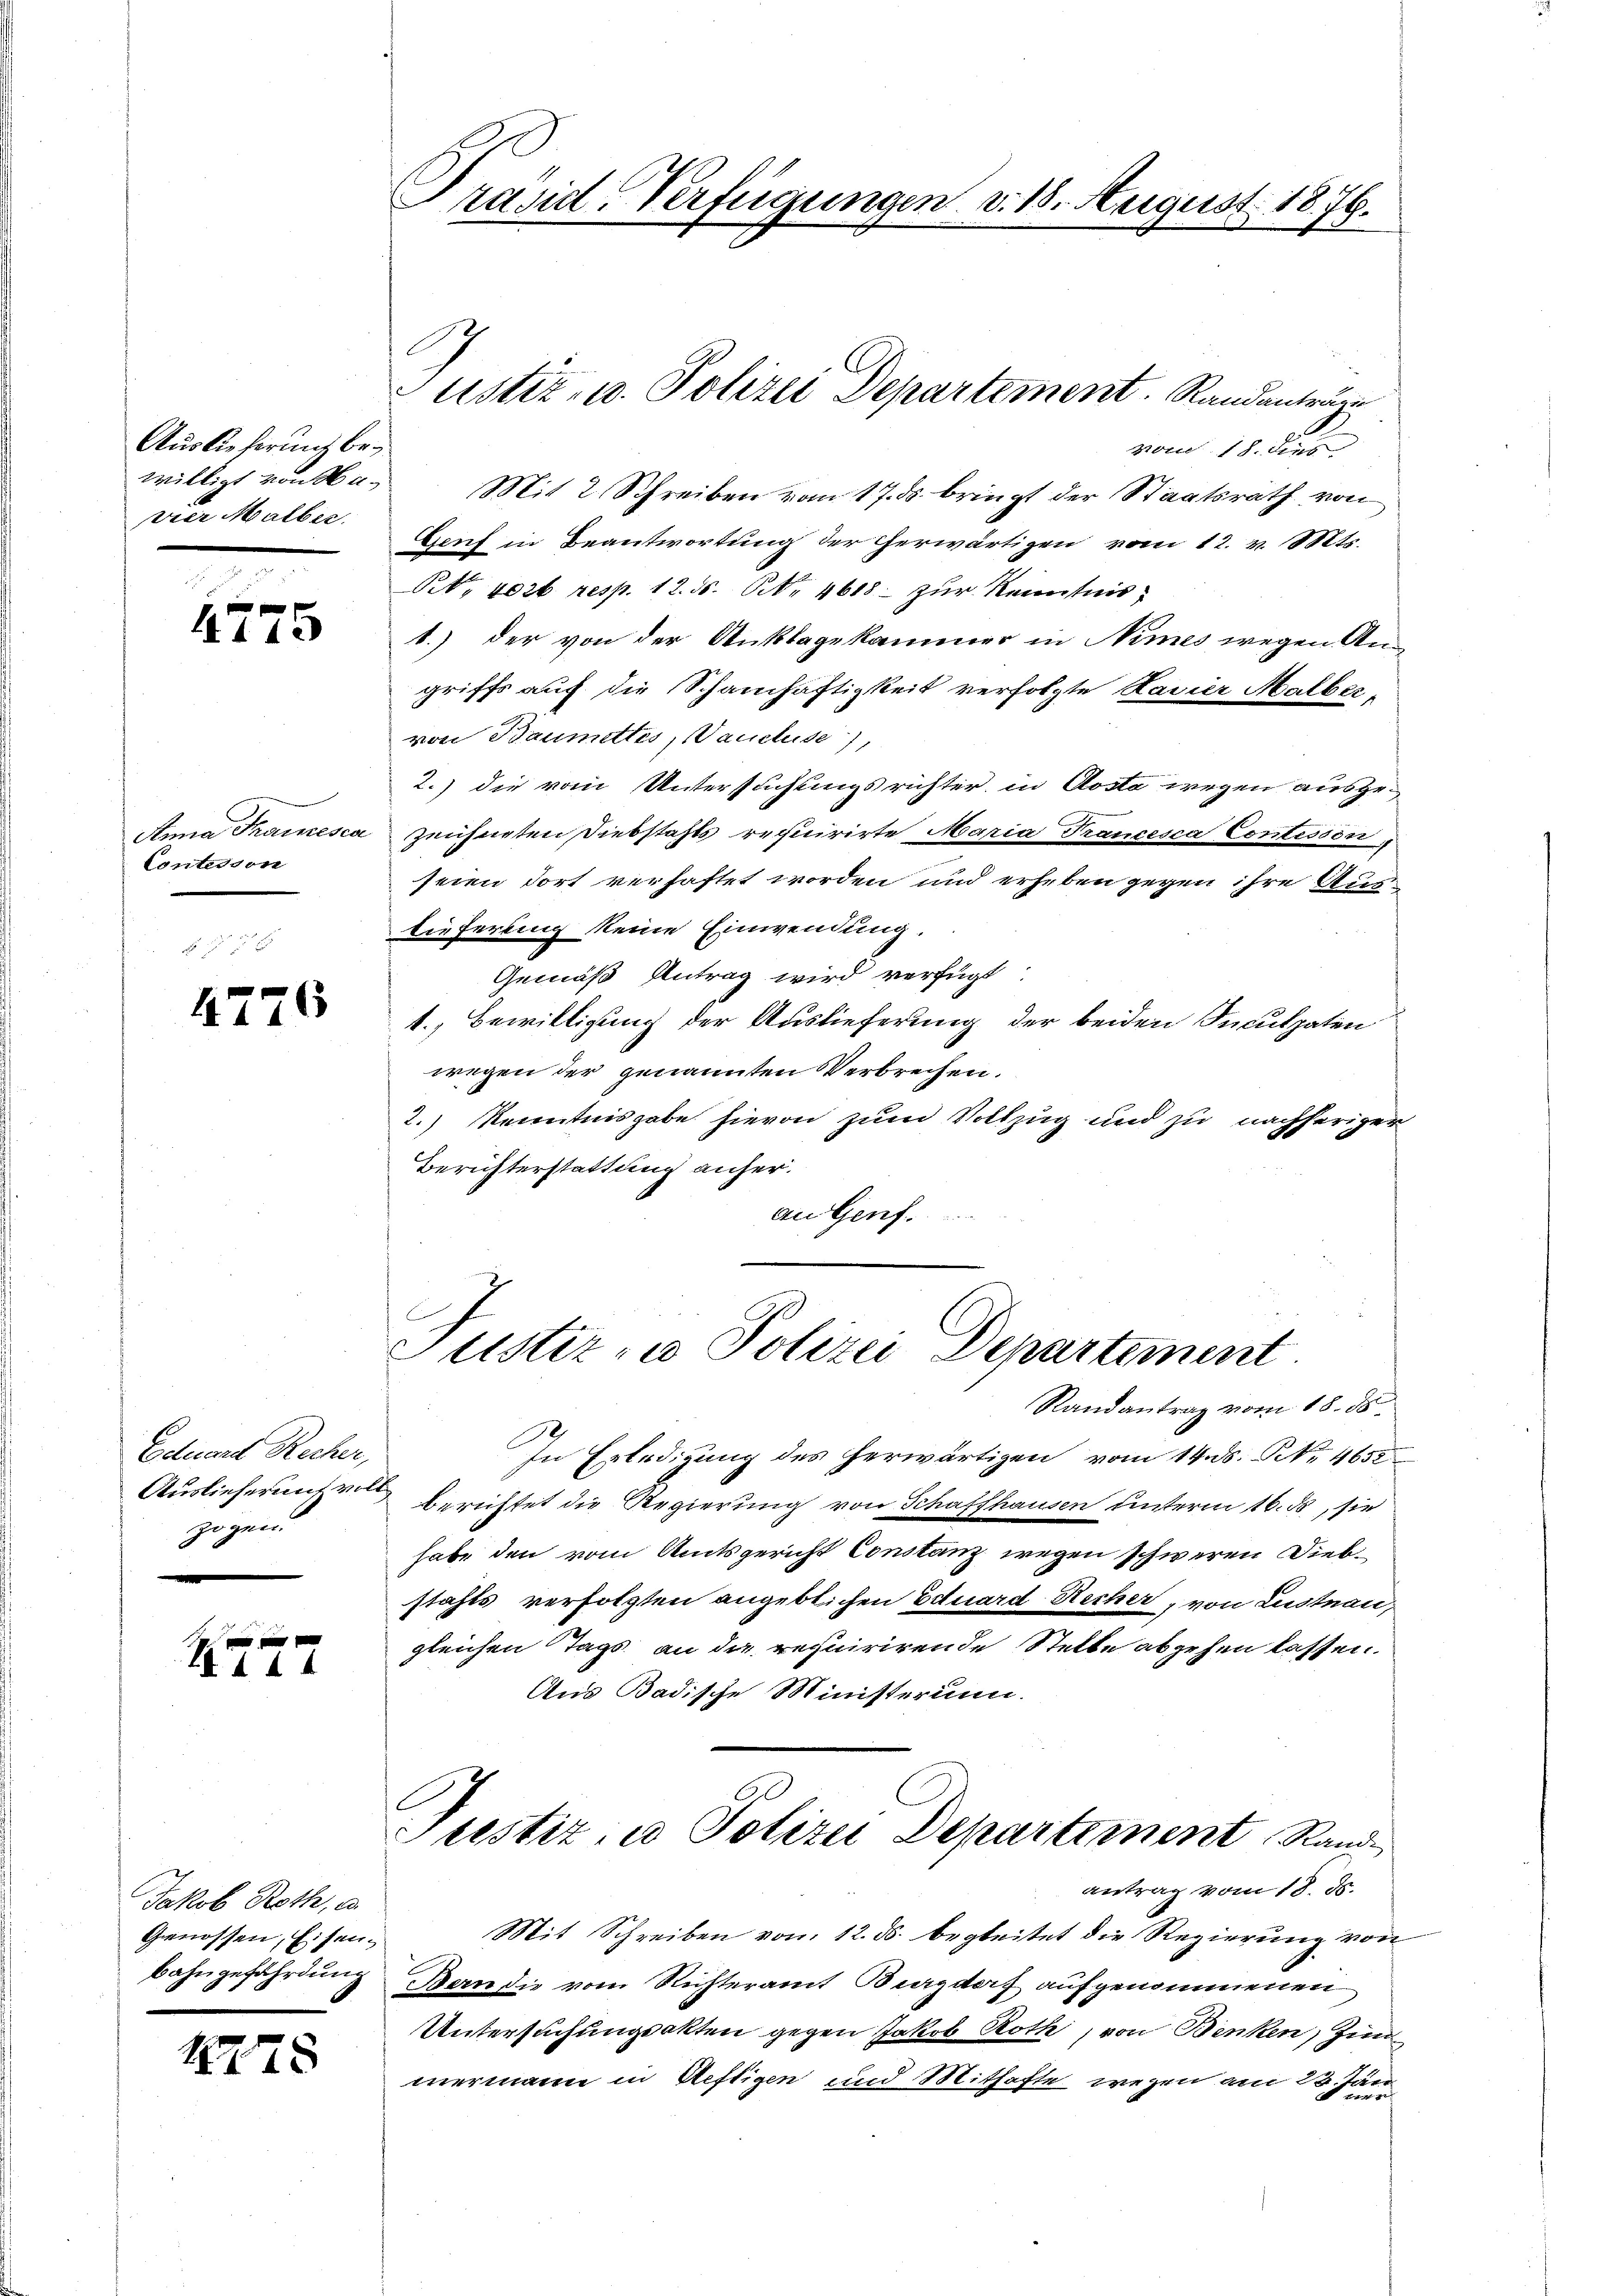
Auslieferung bevier Malber.

4775

Contision

4776

Eduard Recher,
Auslieferung voll
zogen.

A 144

Jakob Roth, a
Genossen, Eisen¬

1775

Präsid-Verfügungen v. 18. August 1876.

vom 18. Depo
willigt von Se. Mit 2 Schreiben vom 17. ds. bringt der Staatsrath von
Genf in Beantwortung der erwärtigen vom 12. v. Mts.
R. 402 resp. 12. ds. Nr. 4618. zur Kenntnis,
1.) Der von der Anklagekammer in Nimes wegen An-
griffs auf die Schamhaftigkeit verfolgte Ravier Malbervon Baumettes, auchse),
2.) die vom Untersuchungsrichter in Aosta wegen ausge¬
Anna Tracesca zeichneten Diebstahls requirirte Maria Trancesca Contessin
seien dort verhaftet worden und erheben gegen ihre Auslieferung keine Einwendung.
Gemäß Antrag wird verfügt:
1., Bewilligung der Auslieferung der beiden Inculpaten
wegen der genannten Verbrechen.
2.) Kenntnisgabe hievon zum Vollzug und zu nachheriger
Berichterstattung anheran Genf.

ustiz- u. Polizei Departement. Randantrare

Justiz- u Polizei Departement

Randantrag vom 18. ds.
In Erledigung des herwärtigen vom 14. ds. No 4652
berichtet die Regierung von Schaffhausen unterm 16. ds, sie
habe den vom Amtsgericht Constanz wegen schweren Diebstahls verfolgten angeblichen Eduard Recher, von Lustnau,
gleichen Tags an die requirirende Stelle abgehen lassen.
Aus Badische Ministerium.
Justiz- u Polizei Departement Rande
antrag vom 18. ds.
Mit Schreiben von 12. ds. begleitet die Regierung von
bahngefährdung Bern die vom Richteramt Burgdorf aufgenommenen
Untersuchungsakten gegen Jakob Roth, von Benken, Zim
mermann in Neftigen und Mithafte wegen am 23. Jän